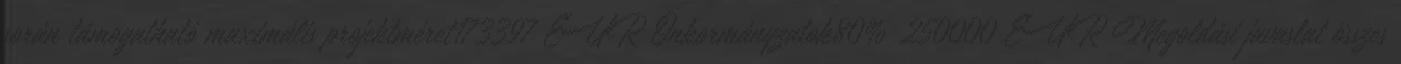
során támogatható maximális projektméret173397 EUR▪Önkormányzatok80% 250000 EUR▪Megoldási javaslat összes